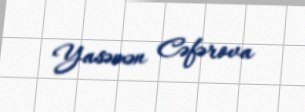
Yasəmən Cəfərova